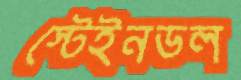
স্টেইনডল